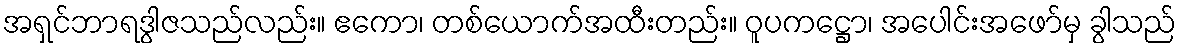
အရှင်ဘာရဒွါဇသည်လည်း။ ဧကော၊ တစ်ယောက်အထီးတည်း။ ဝူပကဋ္ဌော၊ အပေါင်းအဖော်မှ ခွါသည်